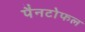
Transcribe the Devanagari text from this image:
पैनटोफल